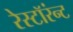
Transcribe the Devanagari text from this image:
रेस्टॉरंन्ट